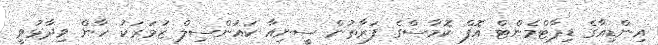
އިންޑިއާގެ ޑިޕާޓްމެންޓް އޮފް ކޮމާސްގެ ފަރާތުން ސީނިއާ ކައުންސިލް ޒުމަރަކު ހާން ވިދާޅުވީ